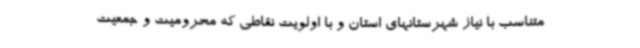
متناسب با نیاز شهرستانهای استان و با اولویت نقاطی که محرومیت و جمعیت